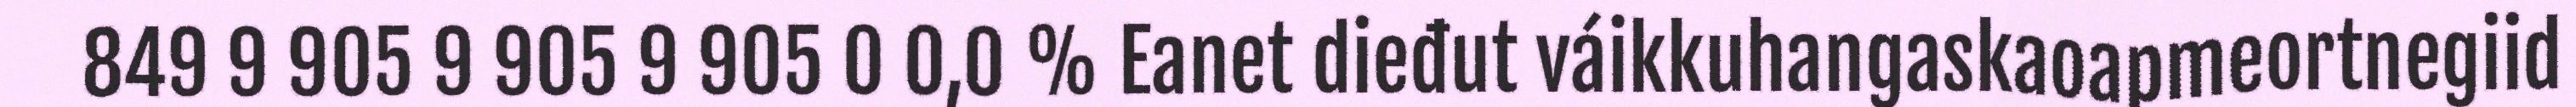
849 9 905 9 905 9 905 0 0,0 % Eanet dieđut váikkuhangaskaoapmeortnegiid